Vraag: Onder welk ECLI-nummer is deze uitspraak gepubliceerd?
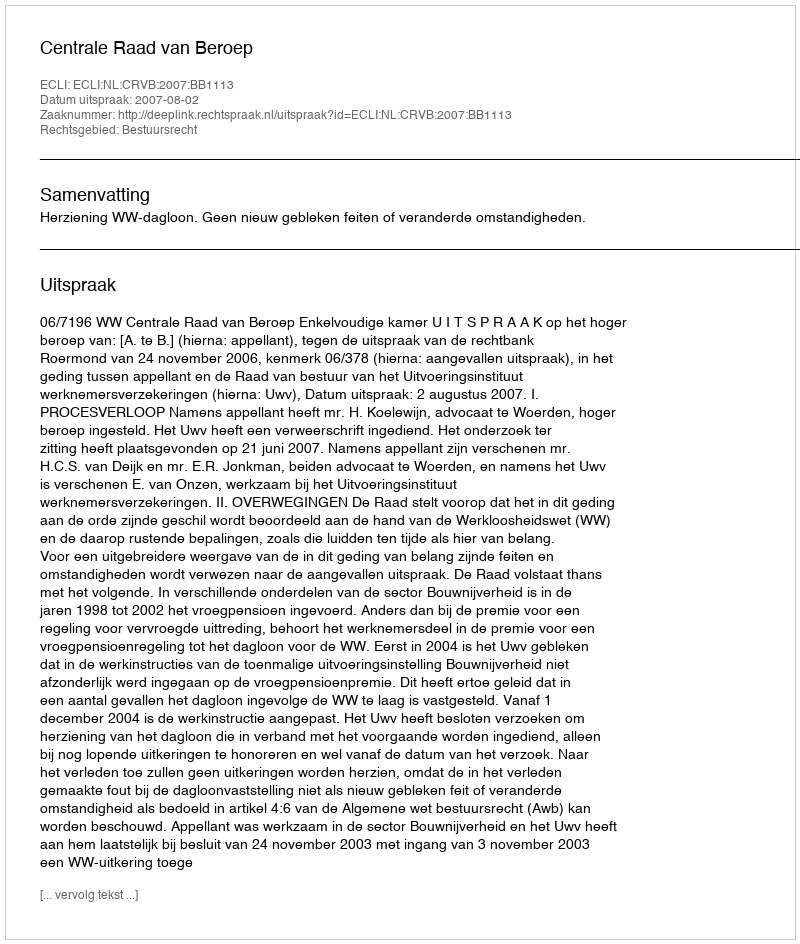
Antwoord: ECLI:NL:CRVB:2007:BB1113